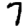
Digit: 7